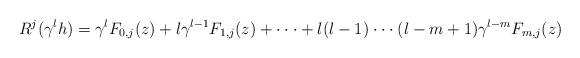
LaTeX: \begin{align*} R^{j}(\gamma ^{l}h)=\gamma ^{l}F_{0,j}(z)+l\gamma ^{l-1}F_{1,j}(z)+\cdot \cdot \cdot +l(l-1)\cdot \cdot \cdot (l-m+1)\gamma ^{l-m}F_{m,j}(z)\end{align*}